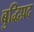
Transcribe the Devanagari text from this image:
बुद्धिप्रद